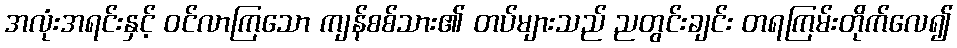
အလုံးအရင်းနှင့် ဝင်လာကြသော ကျန်စစ်သား၏ တပ်များသည် ညတွင်းချင်း တရကြမ်းတိုက်လေ၍